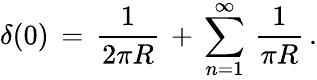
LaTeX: \delta(0)\, =\, \frac{1}{2\pi R}\, +\, \sum_{n=1}^{\infty}\, \frac{1}{\pi R}\, .